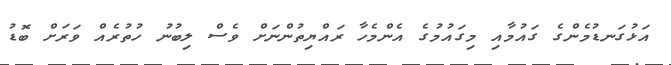
އަޅުގަނޑުމެންގެ ގައުމާއި މިގައުމުގެ އެންމެހާ ރައްޔިތުންނަށް ވެސް ލިބުނު ހުތުރެއް ވަރަށް ބޮޑު